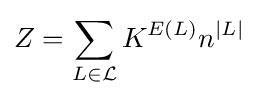
Z=\sum _{L\in {\mathcal {L}}}K^{E(L)}n^{|L|}